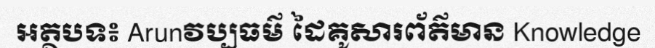
អត្ថបទ៖ Arunវប្បធម៌ ដៃគូសារព័ត៌មាន Knowledge